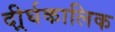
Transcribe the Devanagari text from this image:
दीर्र्घकालिक